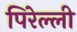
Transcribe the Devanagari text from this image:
पिरेल्ली